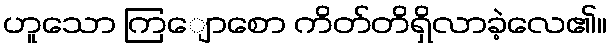
ဟူသော ကြျောစော ကိတ်တိရှိလာခဲ့လေ၏။